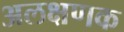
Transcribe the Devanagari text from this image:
अलक्षणक